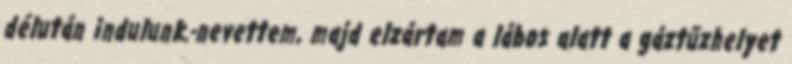
délután indulunk.-nevettem, majd elzártam a lábos alatt a gáztűzhelyet